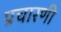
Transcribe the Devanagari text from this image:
प्रचारणी